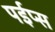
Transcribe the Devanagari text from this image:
पईप्स